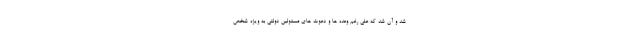
شد و آن شد که علی رغم وعده ها و دعوت های مسئولین دولتی به ویژه شخص